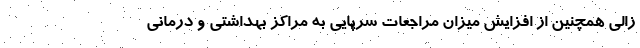
زالی همچنین از افزایش میزان مراجعات سرپایی به مراکز بهداشتی و درمانی